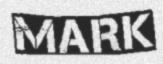
MARK